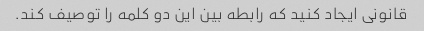
قانونی ایجاد کنید که رابطه بین این دو کلمه را توصیف کند.